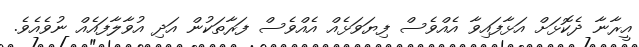
އީރާނާ ދެކޮޅަށް އަޅާފައިވާ އެއްވެސް ފިޔަވަޅެއް އެއްވެސް ފަރާތަކުން އަދި އުވާލާފައެއް ނުވެއެވެ.